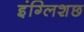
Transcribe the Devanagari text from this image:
इंग्लिशछ